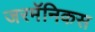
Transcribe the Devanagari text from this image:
जरमॅनिकस